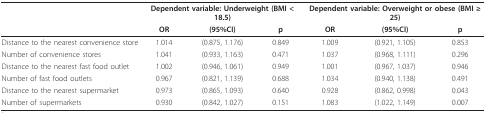
|  | <COLSPAN=3> Dependent variable: Underweight (BMI < 18.5) | <COLSPAN=3> Dependent variable: Overweight or obese (BMI ≥ 25) |
 |  | OR | (95%CI) | p | OR | (95%CI) | p |
 | --- | --- | --- | --- | --- | --- | --- |
 | Distance to the nearest convenience store | 1.014 | (0.875, 1.176) | 0.849 | 1.009 | (0.921, 1.105) | 0.853 |
 | Number of convenience stores | 1.041 | (0.933, 1.163) | 0.471 | 1.037 | (0.968, 1.111) | 0.296 |
 | Distance to the nearest fast food outlet | 1.002 | (0.946, 1.061) | 0.949 | 1.001 | (0.967, 1.037) | 0.946 |
 | Number of fast food outlets | 0.967 | (0.821, 1.139) | 0.688 | 1.034 | (0.940, 1.138) | 0.491 |
 | Distance to the nearest supermarket | 0.973 | (0.865, 1.093) | 0.640 | 0.928 | (0.862, 0.998) | 0.043 |
 | Number of supermarkets | 0.930 | (0.842, 1.027) | 0.151 | 1.083 | (1.022, 1.149) | 0.007 |